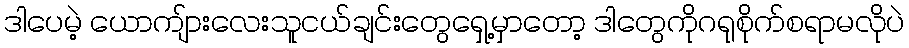
ဒါပေမဲ့ ယောကျ်ားလေးသူငယ်ချင်းတွေရှေ့မှာတော့ ဒါတွေကိုဂရုစိုက်စရာမလိုပဲ